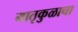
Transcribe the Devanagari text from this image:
मातृकुळाचा